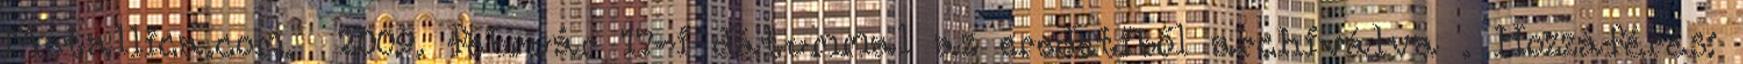
Metallica.com. 2009. február 17-i dátummal az eredetiből archiválva . Hozzáférés: